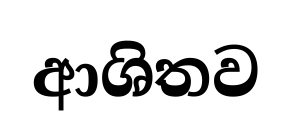
ආශිතව